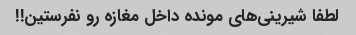
لطفا شیرینی‌های مونده داخل مغازه رو نفرستین!!